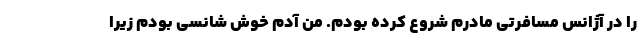
را در آژانس مسافرتی مادرم شروع کرده بودم. من آدم خوش شانسی بودم زیرا